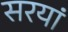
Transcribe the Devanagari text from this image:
सरयां